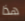
هذا